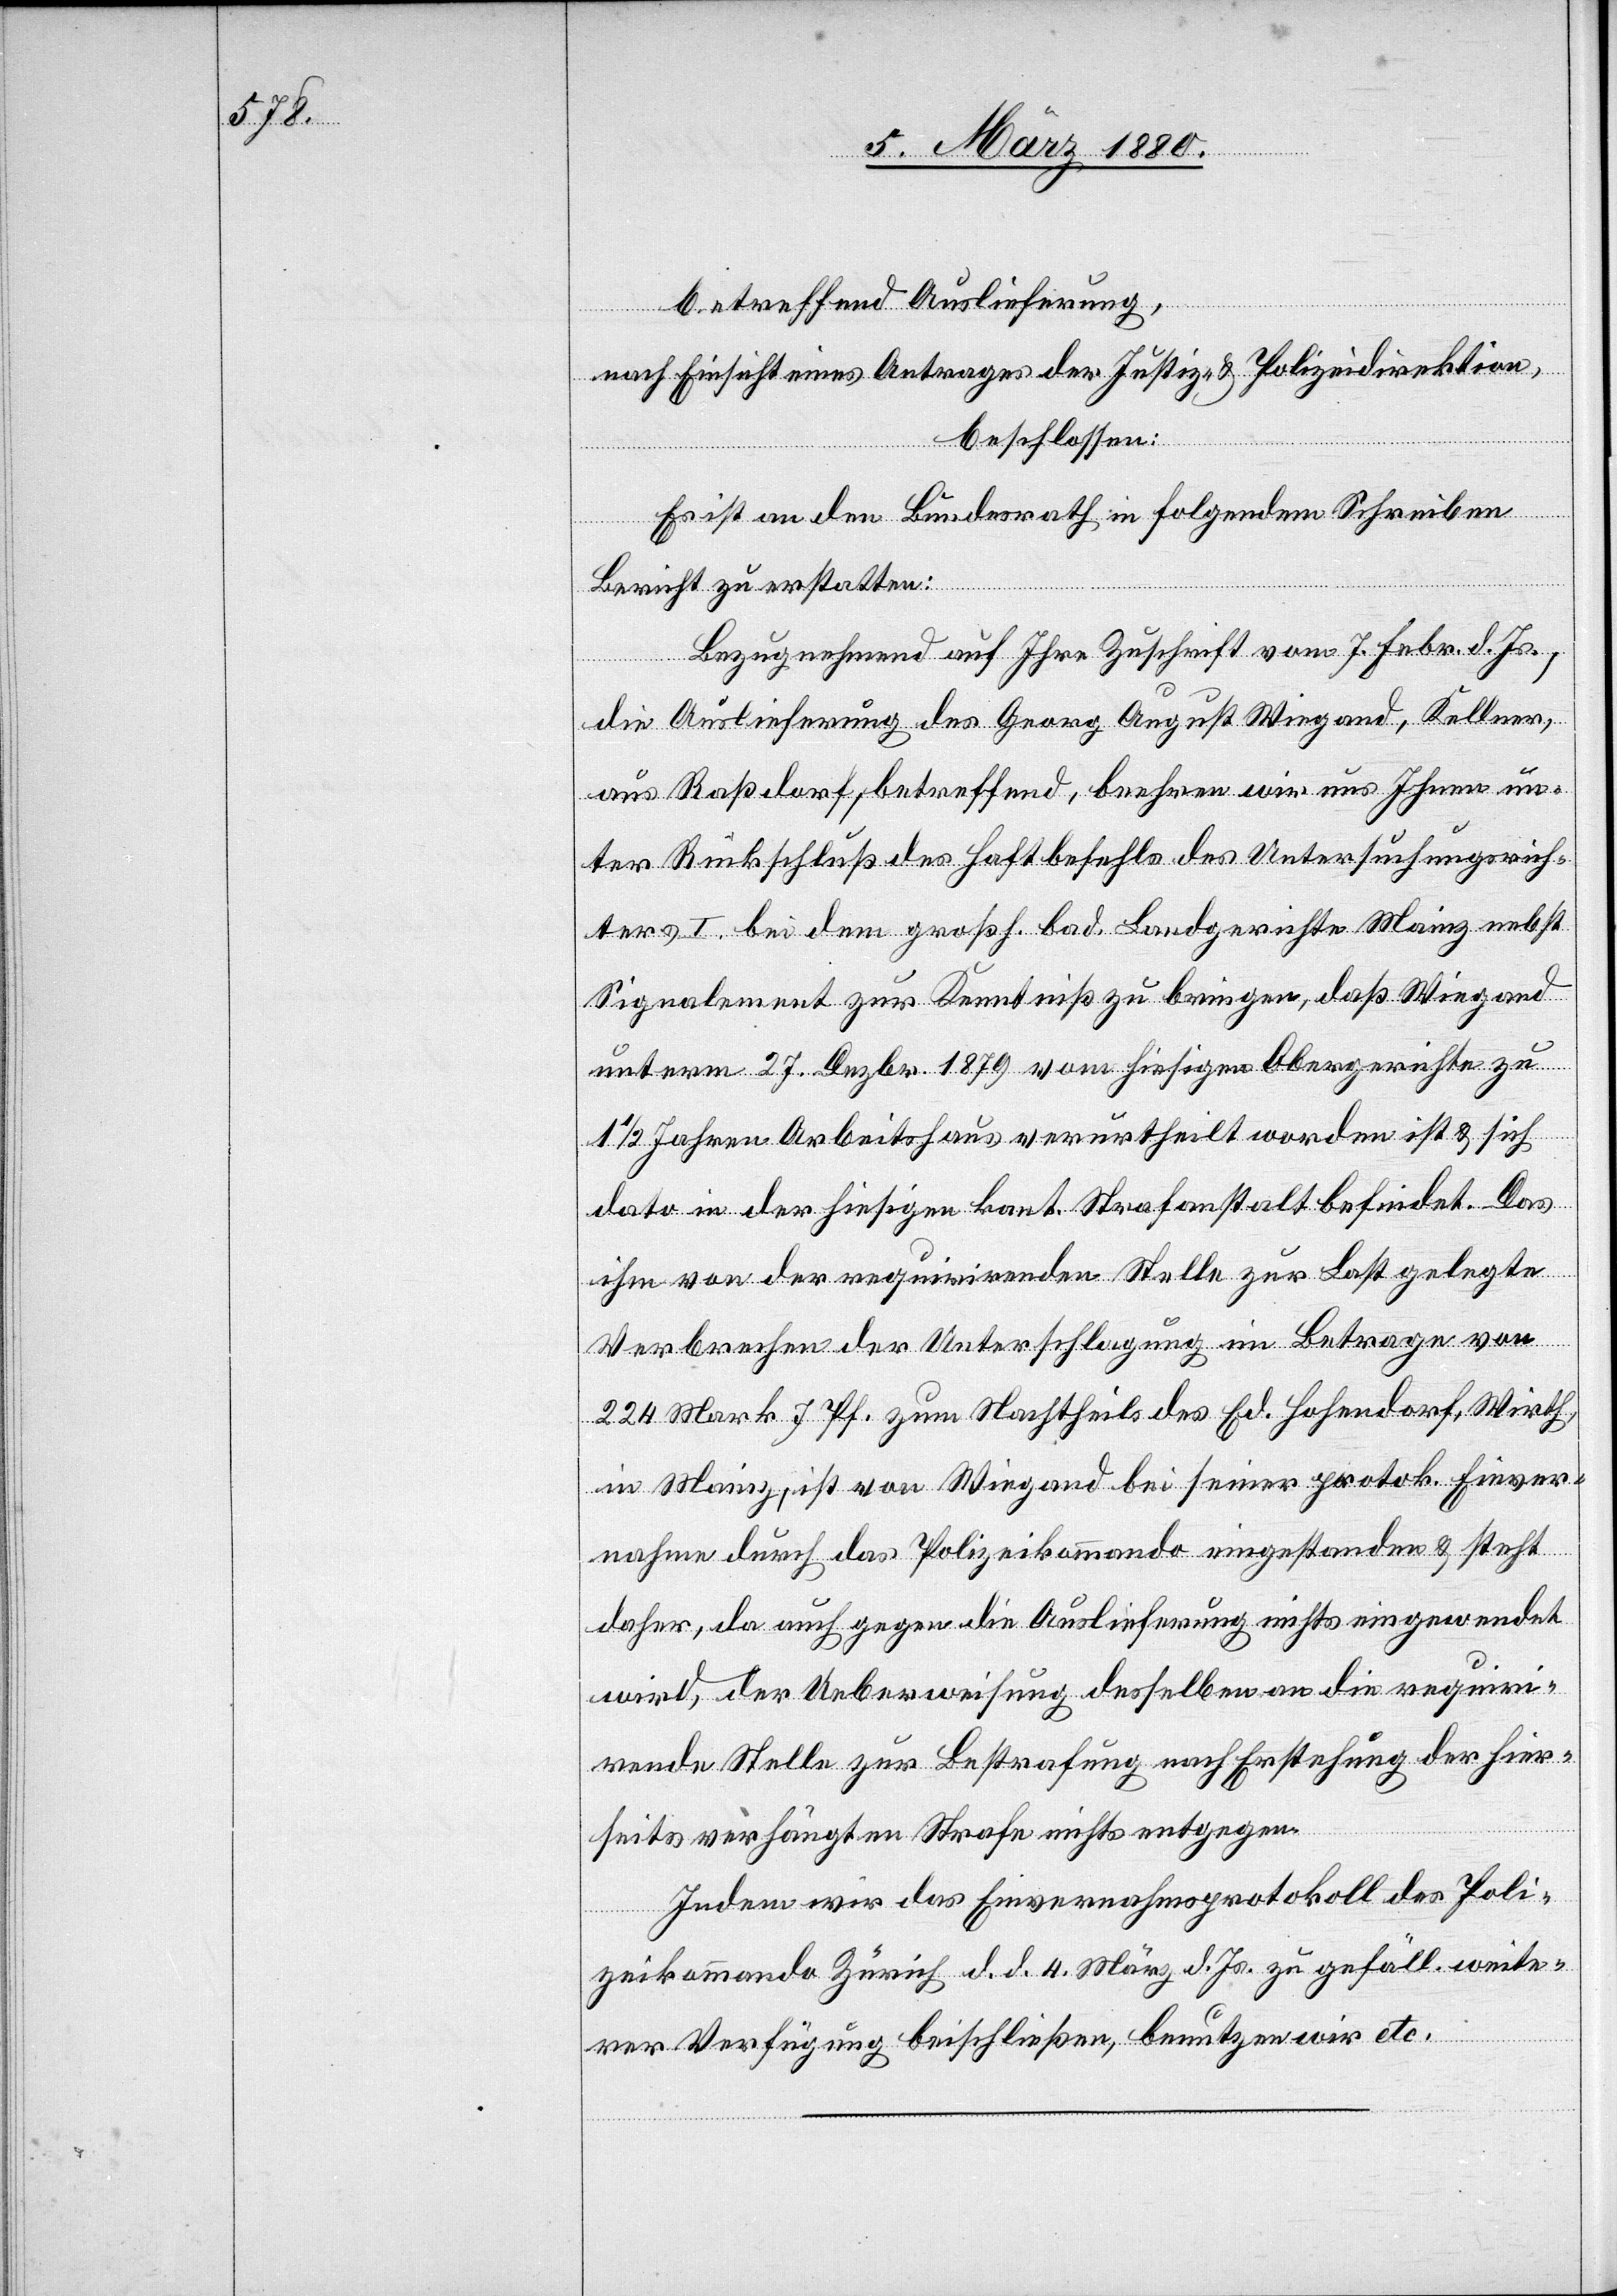
betreffend Auslieferung,
nach Einsicht eines Antrages der Justiz- & Polizeidirektion,
beschlossen:
Es ist an den Bundesrath in folgendem Schreiben
Bericht zu erstatten:
Bezugnehmend auf Ihre Zuschrift vom 7. Febr. d. Js.,
die Auslieferung des Georg August Wiegand, Kellner,
aus Raßdorf, betreffend, beehren wir uns Ihnen un¬
ter Rückschluß des Haftbefehls des Untersuchungsrich¬
ters I. bei dem großh. bad. Landgerichte Mainz nebst
Signalement zur Kenntniß zu bringen, daß Wiegand
unterm 27. Dezbr. 1879 vom hiesigen Obergerichte zu
1/2 Jahren Arbeitshaus verurtheilt worden ist & sich
dato in der hiesigen kant. Strafanstalt befindet. Das
ihm von der requirirenden Stelle zur Last gelegte
Verbrechen der Unterschlagung im Betrage von
224 Mark 7 Pf. zum Nachtheile des Ed. Hohendorf, Wirth,
in Mainz, ist von Wiegand bei seiner protok. Einver¬
nahme durch das Polizeikommando eingestanden & steht
daher, da auch gegen die Auslieferung nichts eingewendet
wird, der Ueberweisung desselben an die requiri¬
rende Stelle zur Bestrafung nach Erstehung der hier¬
seits verhängten Strafe nichts entgegen.
Indem wir das Einvernahmsprotokoll des Poli¬
zeikommando Zürich d. d. 4. März d. Js. zu gefäll. weite¬
rer Verfügung beischließen, benutzen wir etc.